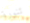
تنورة